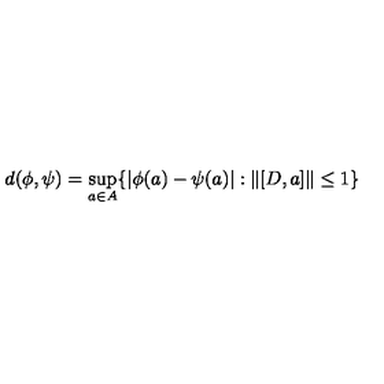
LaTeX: d ( \phi , \psi ) = \sup _ { a \in A } \{ | \phi ( a ) - \psi ( a ) | : \| [ D , a ] \| \le 1 \}